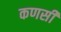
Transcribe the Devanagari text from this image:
कणसी